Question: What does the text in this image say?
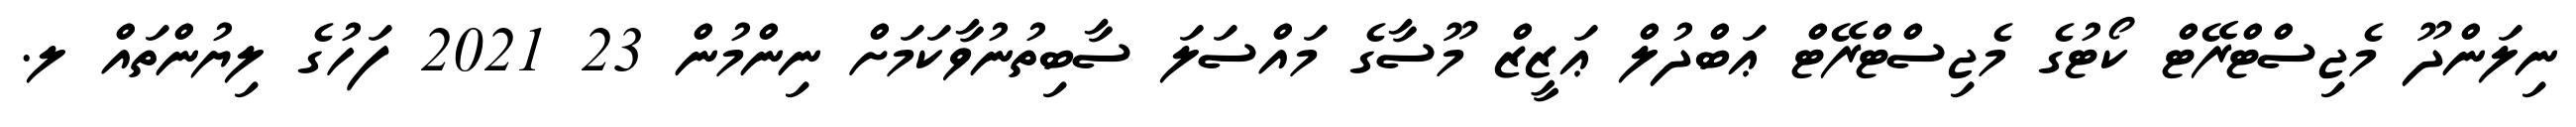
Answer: ނިލަންދޫ މެޖިސްޓްރޭޓް ކޯޓުގެ މެޖިސްޓްރޭޓް ޢަބްދުލް ޢަޒީޒް މޫސާގެ މައްސަލަ ސާބިތުނުވާކަމަށް ނިންމުން 23 2021 ފަހުގެ ލިޔުންތައް ލ.